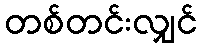
တစ်တင်းလျှင်